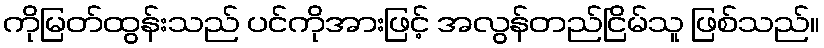
ကိုမြတ်ထွန်းသည် ပင်ကိုအားဖြင့် အလွန်တည်ငြိမ်သူ ဖြစ်သည်။